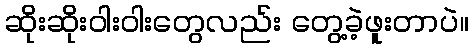
ဆိုးဆိုးဝါးဝါးတွေလည်း တွေ့ခဲ့ဖူးတာပဲ။